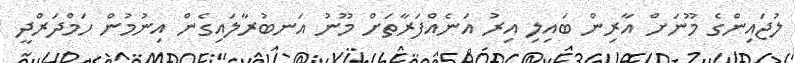
ލުޖައިންގެ މޫނަށް އާރިން ބައިލި އިރު އަނެއްފަރާތަށް މޫނު އަނބުރާލައިގެން އިނުމުން ހަމްދަރްދީ